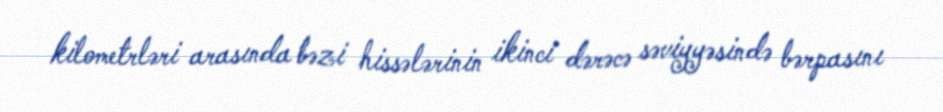
kilometrləri arasında bəzi hissələrinin ikinci dərəcə səviyyəsində bərpasını